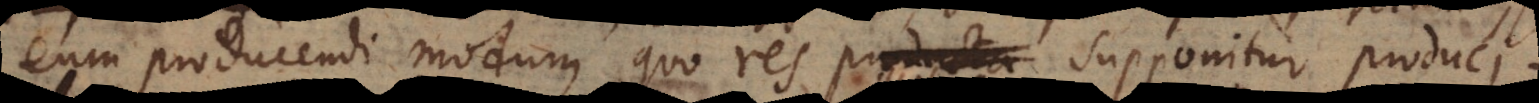
eum producendi modum, quo res producta supponitur produci.